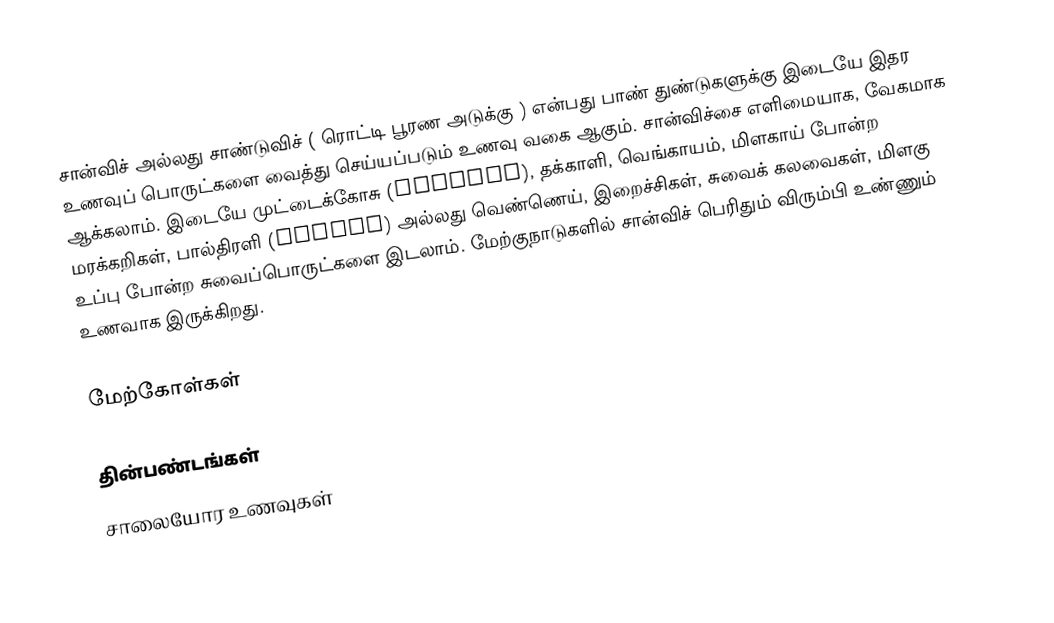
சான்விச் அல்லது சாண்டுவிச் ( ரொட்டி பூரண அடுக்கு ) என்பது பாண் துண்டுகளுக்கு இடையே இதர உணவுப் பொருட்களை வைத்து செய்யப்படும் உணவு வகை ஆகும்.  சான்விச்சை எளிமையாக, வேகமாக ஆக்கலாம்.  இடையே முட்டைக்கோசு (lettece), தக்காளி, வெங்காயம், மிளகாய் போன்ற மரக்கறிகள், பால்திரளி (cheese) அல்லது வெண்ணெய், இறைச்சிகள், சுவைக் கலவைகள், மிளகு உப்பு போன்ற சுவைப்பொருட்களை இடலாம். மேற்குநாடுகளில் சான்விச் பெரிதும் விரும்பி உண்ணும் உணவாக இருக்கிறது.

மேற்கோள்கள்

தின்பண்டங்கள்
சாலையோர உணவுகள்